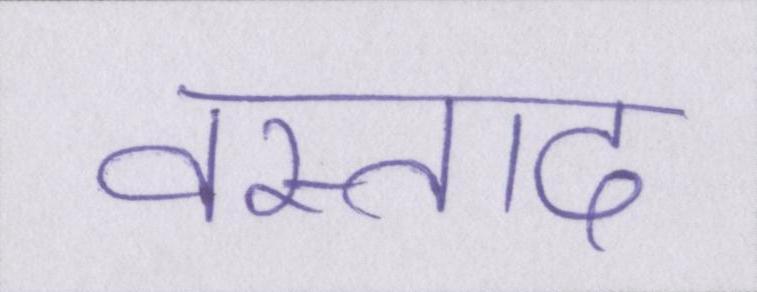
वस्ताद